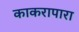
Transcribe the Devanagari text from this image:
काकरापारा